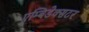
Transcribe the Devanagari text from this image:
एम्बिडेक्सटर